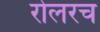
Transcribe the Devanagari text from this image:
रोलरच